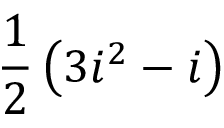
{ \frac { 1 } { 2 } } \left( 3 i ^ { 2 } - i \right)